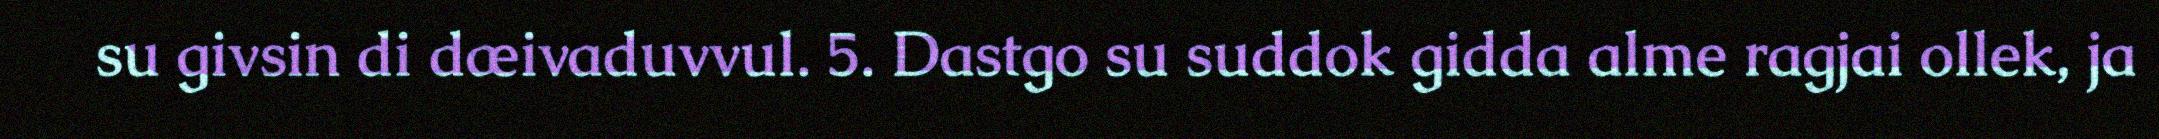
su givsin di dæivaduvvul. 5. Dastgo su suddok gidda alme ragjai ollek, ja